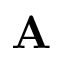
\mathbf { A }